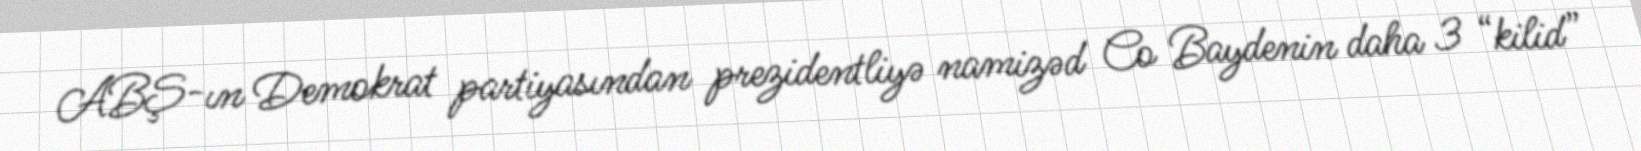
ABŞ-ın Demokrat partiyasından prezidentliyə namizəd Co Baydenin daha 3 “kilid”